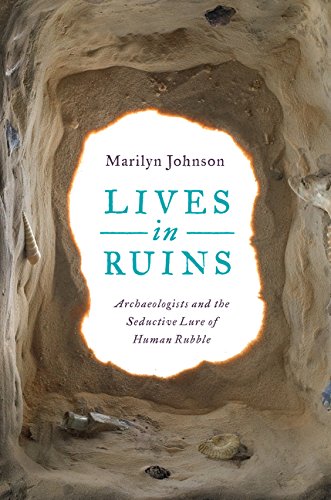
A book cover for Lives in Ruins: Archaeologists and the Seductive Lure of Human Rubble; Marilyn Johnson; Science & Math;